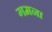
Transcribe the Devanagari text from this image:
गमना